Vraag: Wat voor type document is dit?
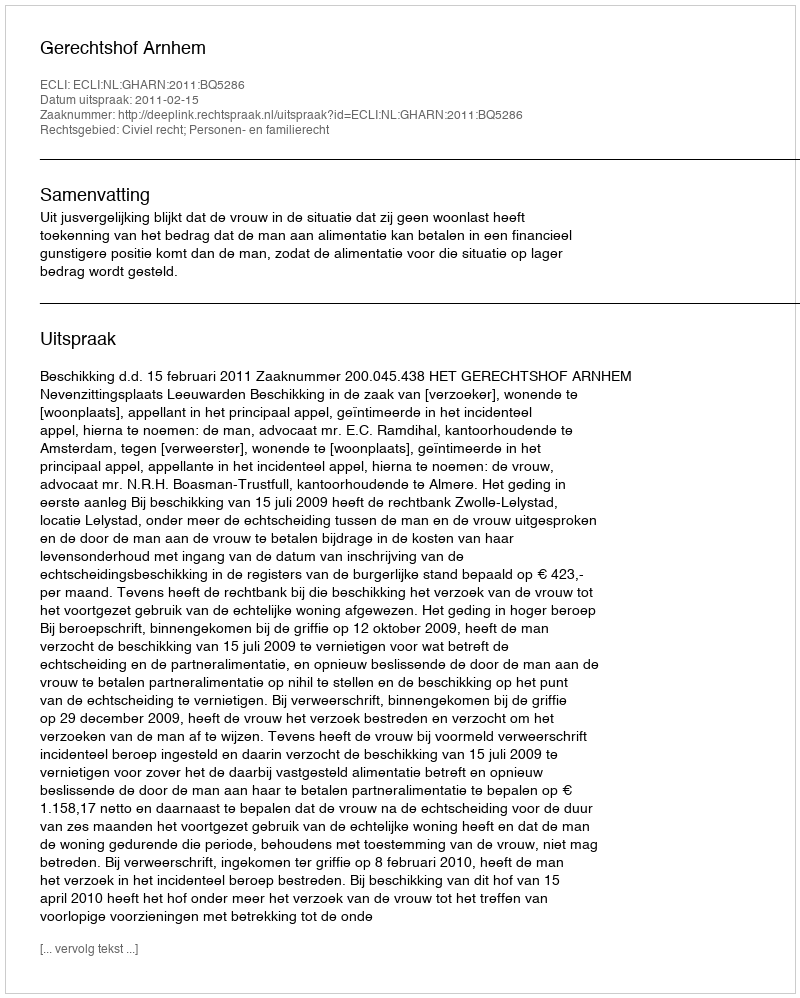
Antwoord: Uitspraak